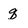
Character: q